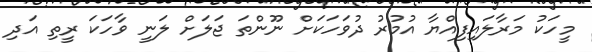
މީހަކު މަރާލައިފިއްޔާ އުމުރު ދުވަހަކަށް ނޫންތަ ޖަލަށް ލަނީ ވާހަކަ ރީތި އަދި